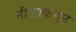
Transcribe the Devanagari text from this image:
नीलाकंदन